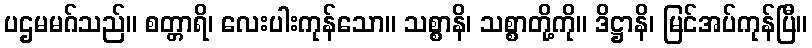
ပဌမမဂ်သည်။ စတ္တာရိ၊ လေးပါးကုန်သော။ သစ္စာနိ၊ သစ္စာတို့ကို။ ဒိဋ္ဌာနိ၊ မြင်အပ်ကုန်ပြီ။